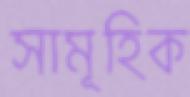
সামূহিক